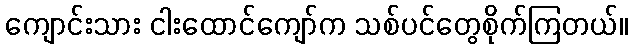
ကျောင်းသား ငါးထောင်ကျော်က သစ်ပင်တွေစိုက်ကြတယ်။